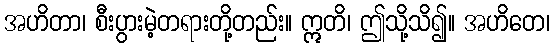
အဟိတာ၊ စီးပွားမဲ့တရားတို့တည်း။ ဣတိ၊ ဤသို့သိ၍။ အဟိတေ၊